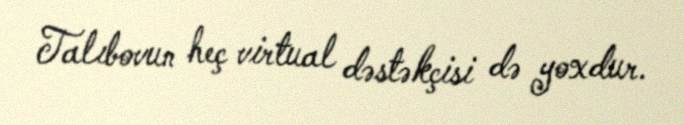
Talıbovun heç virtual dəstəkçisi də yoxdur.